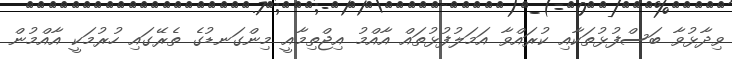
ވިދާޅުވާ ބަސްފުޅުތަކާއި ކުރައްވާ އަމަލުފުޅުތައް އާއްމު އިޖްތިމާއީ މިންގަނޑުގެ ތެރޭގައި ހުރުމަކީ އާއްމުން